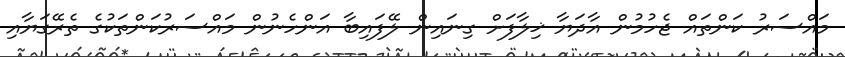
މައްސަރު ކަންތައް ޖެހުމުން އާދަޔާ ޚިލާފަށް ގިނައިން ލޭފައިބާ އަންހެނުން މައްސަރުކަންތަކުގެ ތެރޭގަޔާއި